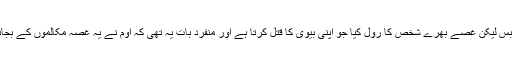
اس فلم میں اوم نے ایک بے بس لیکن غصے بھرے شخص کا رول کیا جو اپنی بیوی کا قتل کرتا ہے اور منفرد بات یہ تھی کہ اوم نے یہ غصہ مکالموں کے بجائے اپنی آنکھوں سے دکھایا ۔